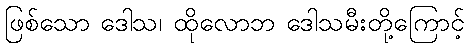
ဖြစ်သော ဒေါသ၊ ထိုလောဘ ဒေါသမီးတို့ကြောင့်